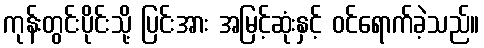
ကုန်းတွင်းပိုင်းသို့ ပြင်းအား အမြင့်ဆုံးနှင့် ဝင်ရောက်ခဲ့သည်။